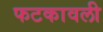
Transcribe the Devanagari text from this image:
फटकावली